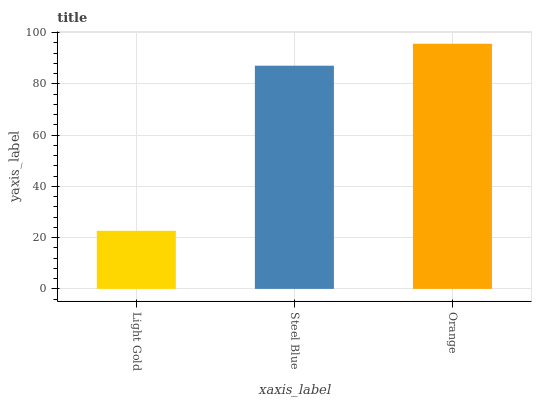
| xaxis_label | bars |
 | --- | --- |
 | Light Gold | 22.7 |
 | Steel Blue | 87.1 |
 | Orange | 95.7 |